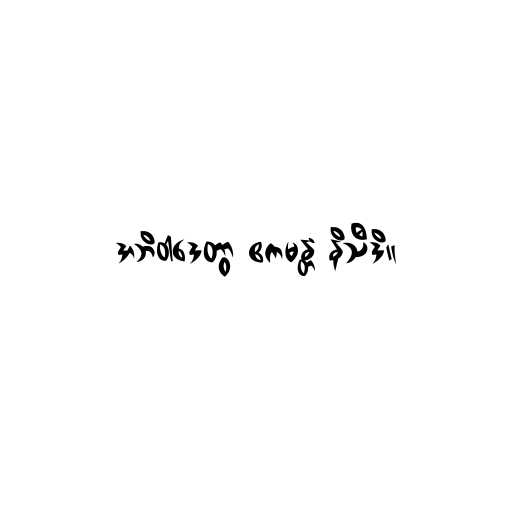
အဘိဝါဒေတွာ ဧကမန္တံ နိသီဒိ။